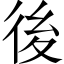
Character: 後